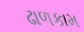
ઢાળકામ